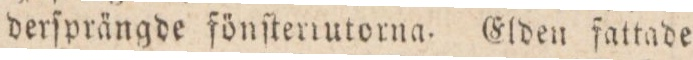
derſprängde fönſterrutorna. Elden fattade